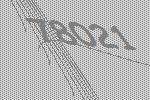
78021